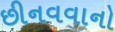
છીનવવાનો